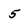
Character: 5